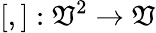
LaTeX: [,]:\mathfrak{V}^{2}\to\mathfrak{V}